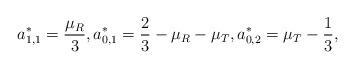
LaTeX: \begin{align*}a^*_{1,1}=\frac{\mu_R}{3},a^*_{0,1}=\frac{2}{3}-\mu_R-\mu_T,a^*_{0,2}=\mu_T-\frac{1}{3},\end{align*}